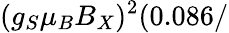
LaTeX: (g_{S}\mu_{B}B_{X})^{2}(0.086/